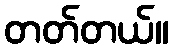
တတ်တယ်။